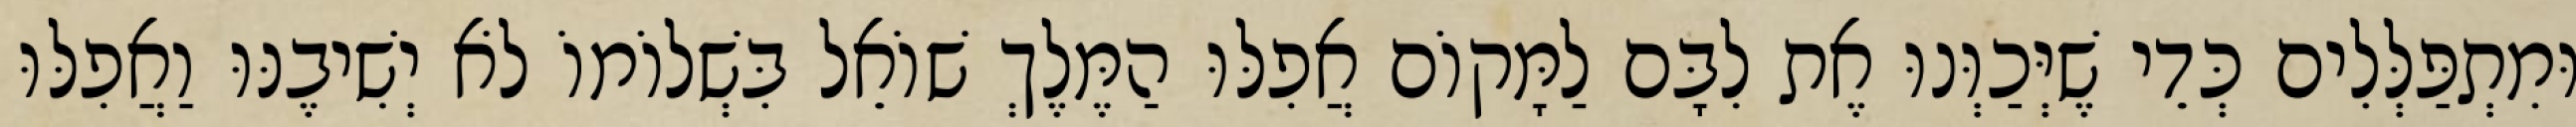
וּמִתְפַּלְּלִים כְּדֵי שֶׁיְּכַוְּנוּ אֶת לִבָּם לַמָּקוֹם אֲפִלּוּ הַמֶּלֶךְ שׁוֹאֵל בִּשְׁלוֹמוֹ לֹא יְשִׁיבֶנּוּ וַאֲפִלּוּ